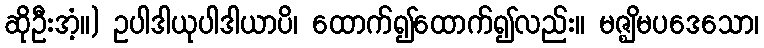
ဆိုဦးအံ့။) ဥပါဒါယုပါဒါယာပိ၊ ထောက်၍ထောက်၍လည်း။ မဇ္ဈိမပဒေသော၊